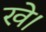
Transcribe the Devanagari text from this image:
खे।